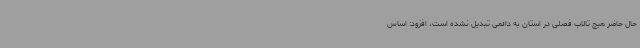
حال حاضر هیچ تالاب فصلی در استان به دائمی تبدیل نشده است، افزود: اساس